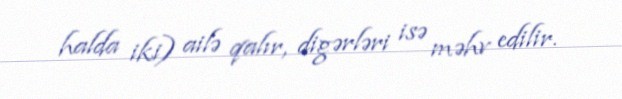
halda iki) ailə qalır, digərləri isə məhv edilir.